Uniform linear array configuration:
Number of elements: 64
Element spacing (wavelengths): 1
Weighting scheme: blackman
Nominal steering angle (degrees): -45
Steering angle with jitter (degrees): -45.002
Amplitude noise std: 0.05
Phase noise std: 0.05

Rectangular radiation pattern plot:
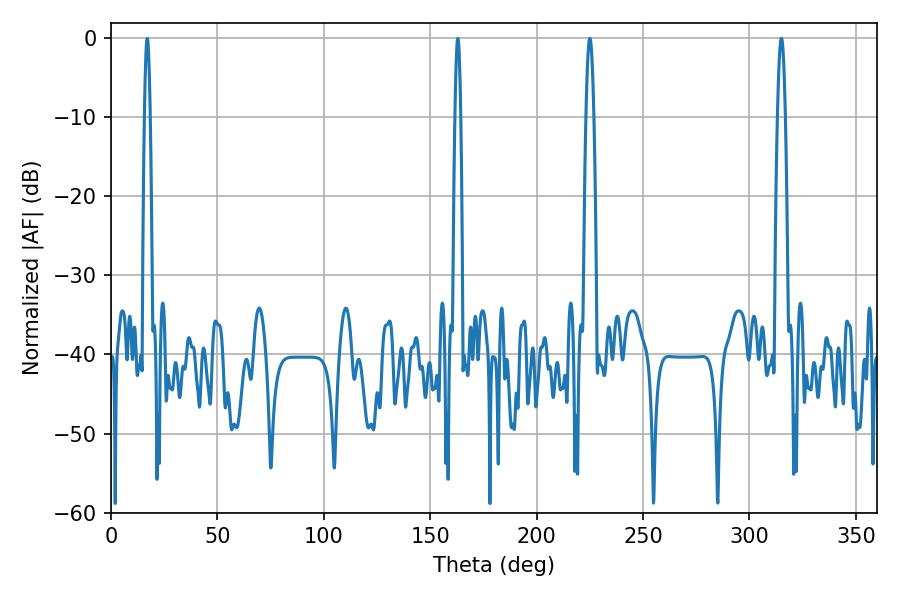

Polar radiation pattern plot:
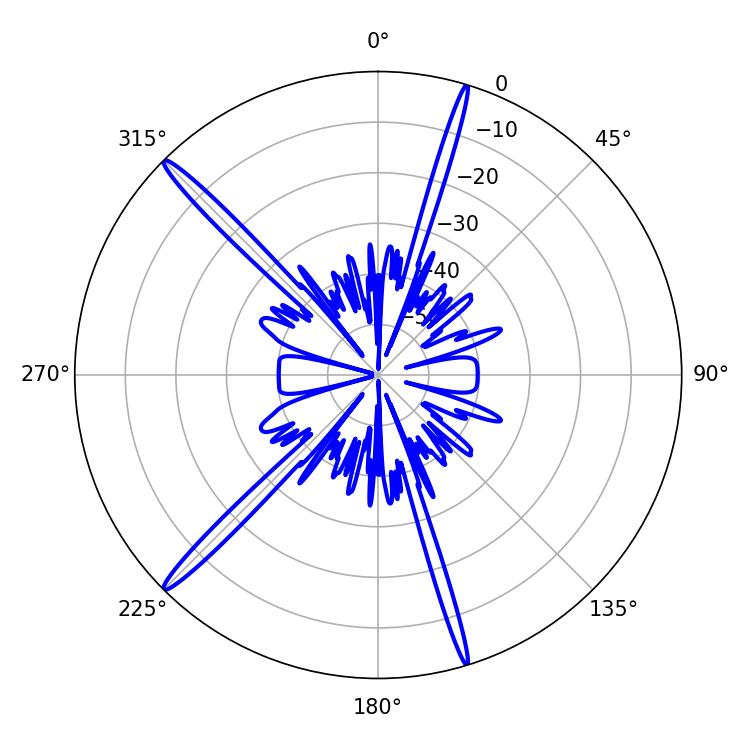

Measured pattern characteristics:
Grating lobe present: TRUE
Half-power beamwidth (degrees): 1.8
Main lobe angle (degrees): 225